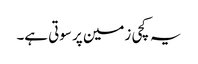
یہ کچی زمین پر سوتی ہے۔